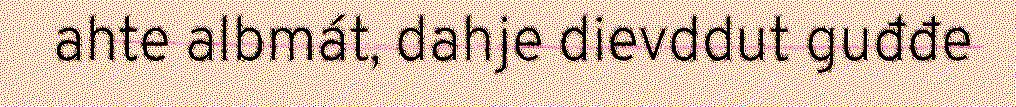
ahte albmát, dahje dievddut guđđe